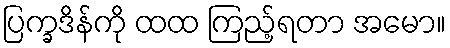
ပြက္ခဒိန်ကို ထထ ကြည့်ရတာ အမော။